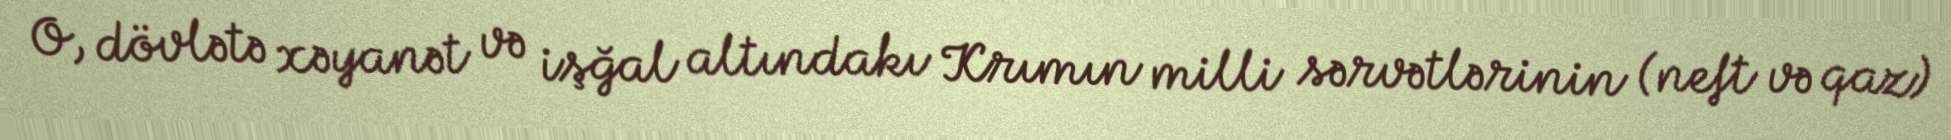
O, dövlətə xəyanət və işğal altındakı Krımın milli sərvətlərinin (neft və qaz)